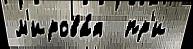
м'ирова́я  пр'и